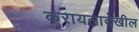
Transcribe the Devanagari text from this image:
करायलादेखील